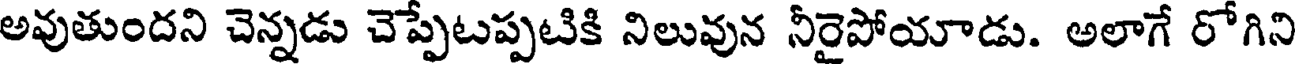
అవుతుందని చెన్నడు చెప్పేటప్పటికి నిలువున నీరైపోయాడు. అలాగే రోగిని